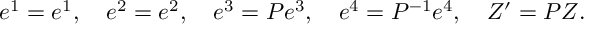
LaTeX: e ^ { 1 } = e ^ { 1 } , \quad e ^ { 2 } = e ^ { 2 } , \quad e ^ { 3 } = P e ^ { 3 } , \quad e ^ { 4 } = P ^ { - 1 } e ^ { 4 } , \quad Z ^ { \prime } = P Z .